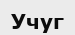
Учуг